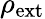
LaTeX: \rho_{\mathrm{{ext}}}